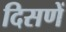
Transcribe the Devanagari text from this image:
दिसणें